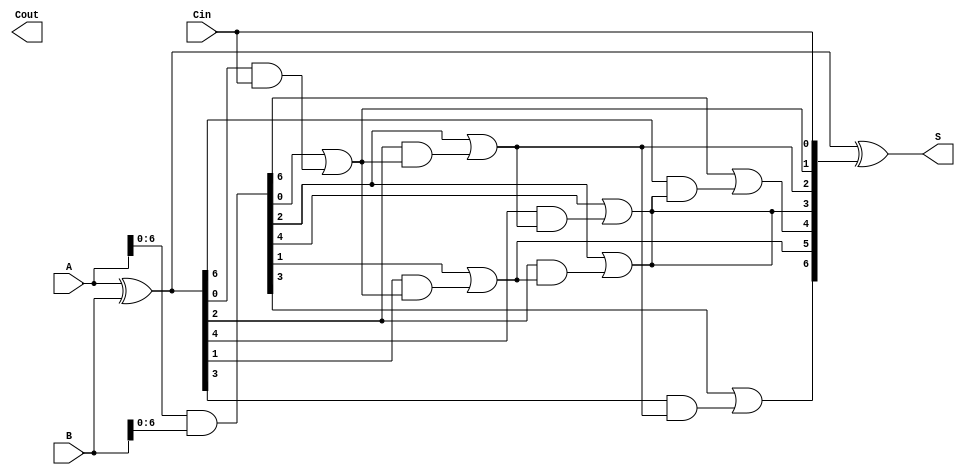
module brent_kung_adder #(parameter N = 8) (
    input  wire [N-1:0] A,      // First n-bit input
    input  wire [N-1:0] B,      // Second n-bit input
    input  wire Cin,             // Carry input
    output wire [N-1:0] S,       // Sum output
    output wire Cout             // Carry output
);

    // Generate and propagate signals
    wire [N-1:0] G; // Generate signals
    wire [N-1:0] P; // Propagate signals
    wire [N:0] C;   // Carry signals

    // Generate and propagate calculations
    assign G = A & B;          // Generate
    assign P = A ^ B;          // Propagate
    assign C[0] = Cin;         // Initial carry input

    // Carry computation using Brent-Kung structure
    genvar i, j;
    generate
        // Level 1
        for (i = 0; i < N/2; i = i + 1) begin : level1
            assign C[i + 1] = G[2*i] | (P[2*i] & C[i]);
        end

        // Level 2
        for (i = 0; i < N/4; i = i + 1) begin : level2
            assign C[i + 1 + N/2] = G[2*i + 1] | (P[2*i + 1] & C[i + 1]);
        end

        // Level 3
        for (i = 0; i < N/8; i = i + 1) begin : level3
            assign C[i + 1 + N/4] = G[2*i + 2] | (P[2*i + 2] & C[i + 1 + N/2]);
        end

        // Continue for higher levels if N > 8
        // This can be extended based on the required depth for larger N

    endgenerate

    // Sum calculation
    assign S = P ^ C[N-1:0]; // Sum output

    // Final carry output
    assign Cout = C[N];

endmodule